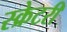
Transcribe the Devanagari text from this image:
स्क्रेटरी